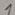
Text: 1